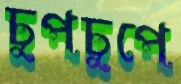
চুপচুপে